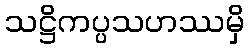
သဋ္ဌိကပ္ပသဟဿမှိ